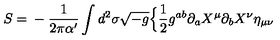
S = { } - { \frac { 1 } { 2 \pi \alpha ^ { \prime } } } \int d ^ { 2 } \sigma \sqrt { - g } \Bigl \{ { \frac { 1 } { 2 } } g ^ { a b } \partial _ { a } X ^ { \mu } \partial _ { b } X ^ { \nu } \eta _ { \mu \nu }